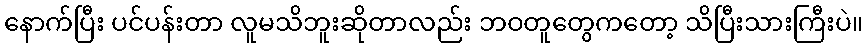
နောက်ပြီး ပင်ပန်းတာ လူမသိဘူးဆိုတာလည်း ဘဝတူတွေကတော့ သိပြီးသားကြီးပဲ။